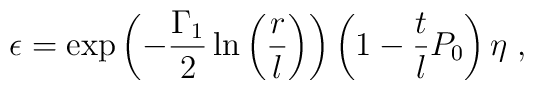
\epsilon =\exp \left( -\frac{\Gamma _{1}}{2}\ln \left(\frac{r}{l}\right) \right) \left(1-\frac{t}{l}P_{0}\right) \eta \;,